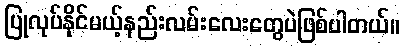
ပြုလုပ်နိုင်မယ့်နည်းလမ်းလေးတွေပဲဖြစ်ပါတယ်။